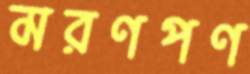
মরণপণ